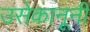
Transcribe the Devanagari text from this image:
उसेकानूनी